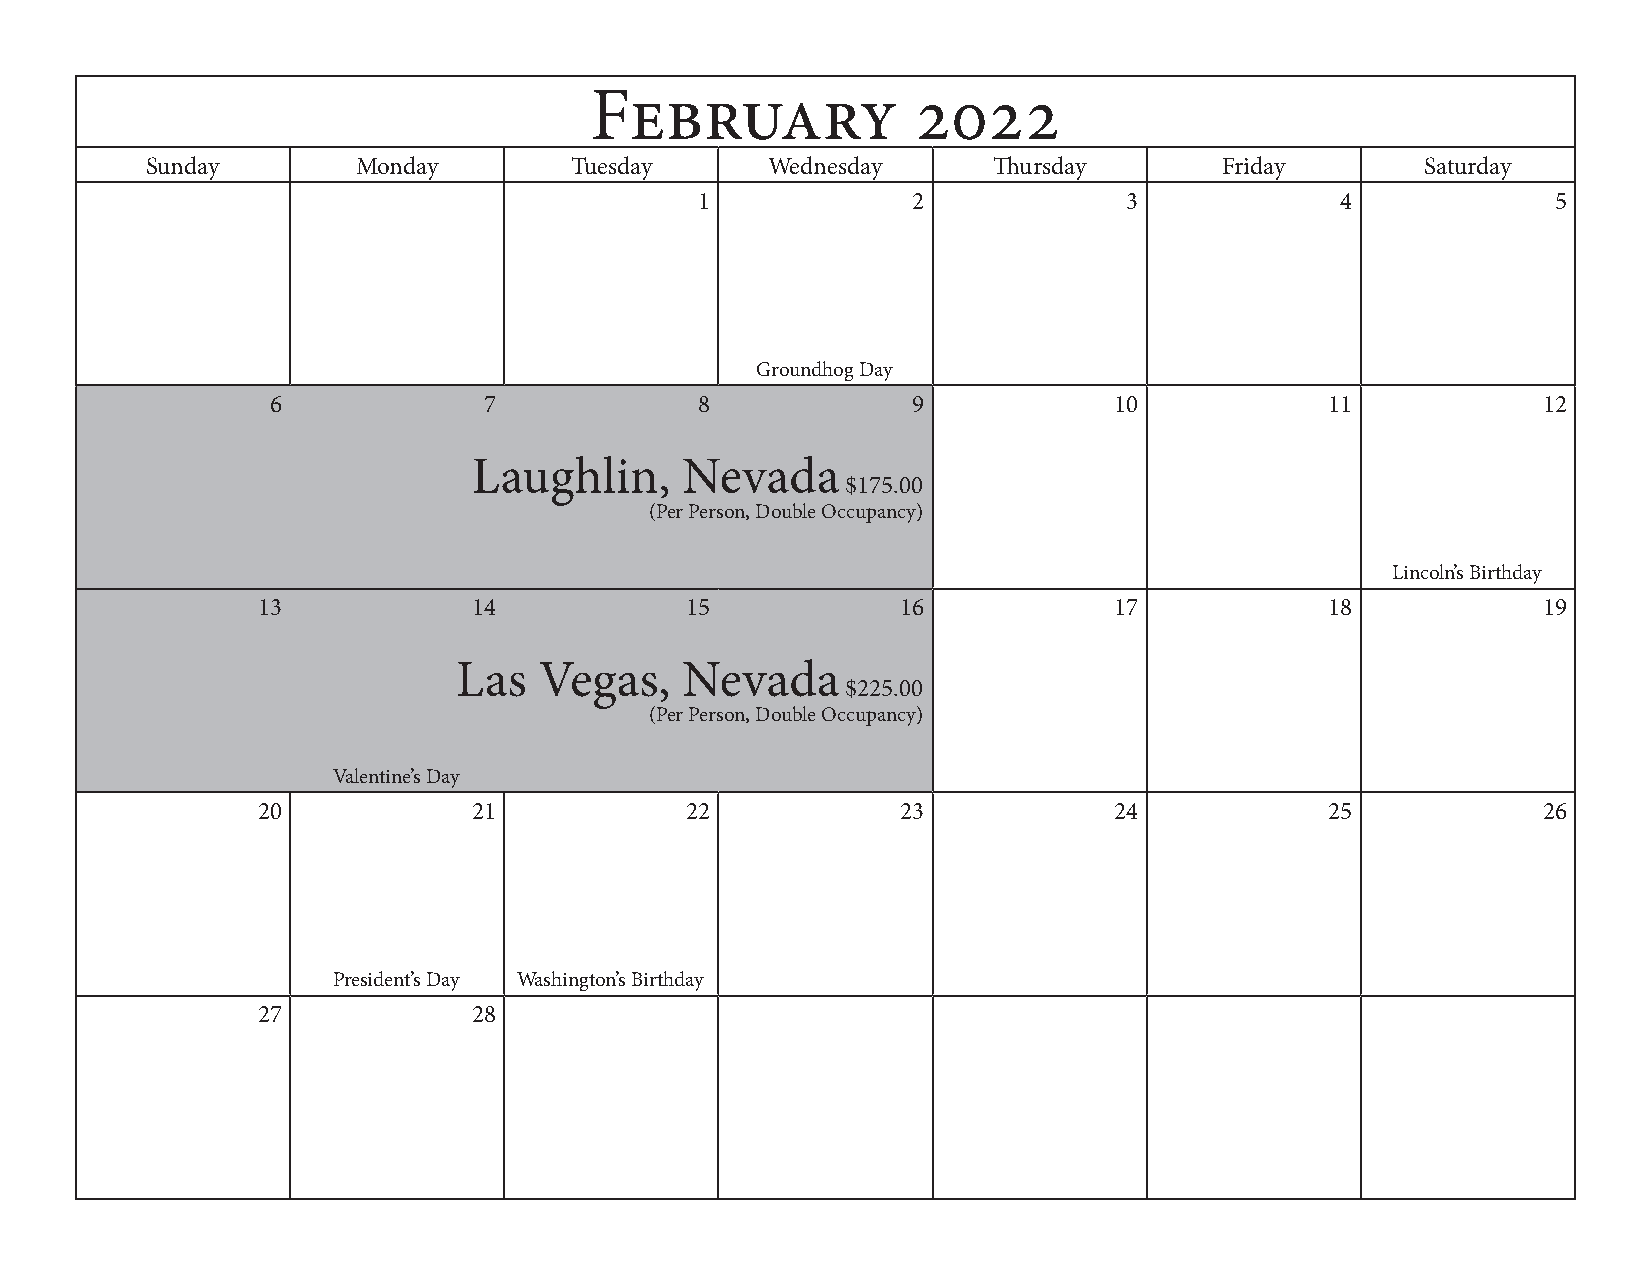
February              2022
 Sunday        Monday        Tuesday      Wednesday      Thursday       Friday       Saturday
 1             2              3             4             5
 Groundhog Day
 6             7             8             9             10            11            12
 Laughlin,     Nevada
 $175.00
 (Per Person, Double Occupancy)
 Lincoln’s Birthday
 13            14            15             16            17            18            19
 Las   Vegas,   Nevada
 $225.00
 (Per Person, Double Occupancy)
 Valentine’s Day
 20            21            22             23            24            25            26
 President’s Day Washington’s Birthday
 27            28